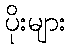
ပိုးများ